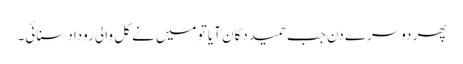
پھر دوسرے دن جب حمید دکان آیا تو میں نے کل والی روداد سنائی۔